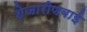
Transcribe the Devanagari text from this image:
शेजारीणबाई